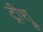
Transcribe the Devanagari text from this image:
ट्रीश्रू